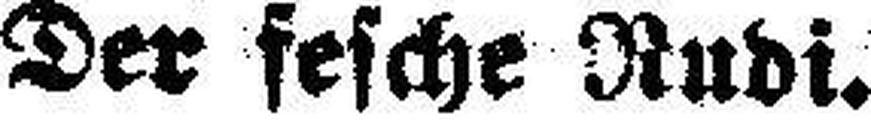
Der fesche Rudi.